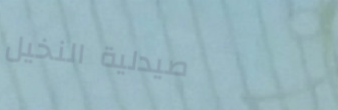
صيدلية النخيل